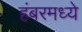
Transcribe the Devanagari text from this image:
हंबरमध्ये